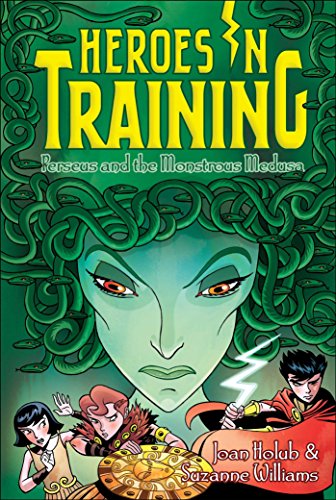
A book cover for Perseus and the Monstrous Medusa (Heroes in Training); Joan Holub; Children's Books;